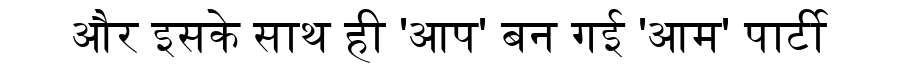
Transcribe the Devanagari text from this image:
और इसके साथ ही 'आप' बन गई 'आम' पार्टी